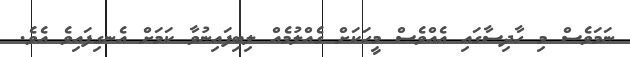
ނަމަވެސް މި ހާދިސާގައި އެއްވެސް މީހަކަށް ގެއްލުމެއް ލިބިފައިނުވާ ކަމަށް އެނގިފައިވެ އެވެ.